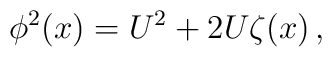
\phi^2(x)=U^2+2U\zeta(x)\,,